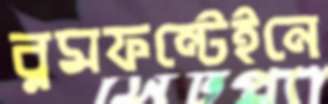
ব্লমফন্টেইনে